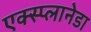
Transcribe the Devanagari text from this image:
एक्स्प्लानेडा